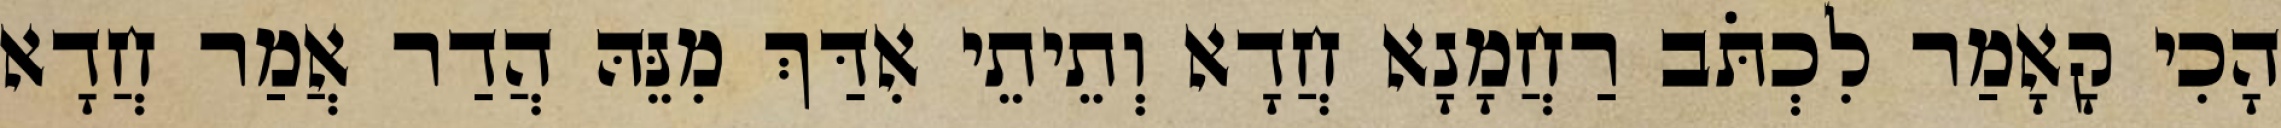
הָכִי קָאָמַר לִכְתֹּב רַחֲמָנָא חֲדָא וְתֵיתֵי אִדַּךְ מִנֵּהּ הֲדַר אֲמַר חֲדָא